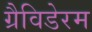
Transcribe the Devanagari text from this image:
ग्रैविडेरम